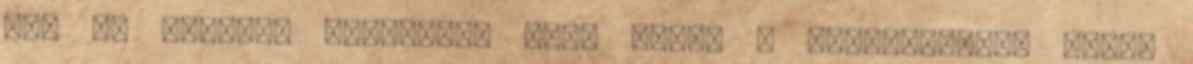
azt is kikérem magamnak, hogy bárki a nyilvánosság előtt